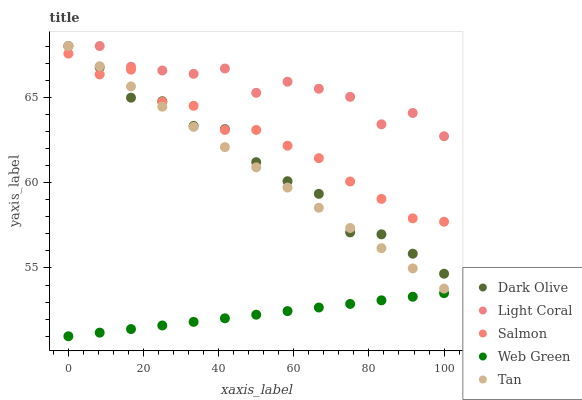
| xaxis_label | Dark Olive | Light Coral | Salmon | Web Green | Tan |
 | --- | --- | --- | --- | --- | --- |
 | 0 | 68 | 68 | 67.6 | 51 | 68 |
 | 8.33 | 66.7 | 68 | 66.3 | 51.2 | 66.8 |
 | 16.7 | 65 | 66.8 | 66.6 | 51.4 | 65.6 |
 | 25 | 64.8 | 66.6 | 64.7 | 51.6 | 64.4 |
 | 33.3 | 63.3 | 66.4 | 64.5 | 51.8 | 63.3 |
 | 41.7 | 63.1 | 66.7 | 63.1 | 52.1 | 62.1 |
 | 50 | 61.2 | 65.3 | 63.1 | 52.3 | 60.9 |
 | 58.3 | 60.1 | 65.9 | 62.2 | 52.5 | 59.7 |
 | 66.7 | 59.3 | 65.5 | 61.4 | 52.7 | 58.5 |
 | 75 | 57.1 | 65 | 60.1 | 52.9 | 57.3 |
 | 83.3 | 57 | 63.4 | 59 | 53.1 | 56.2 |
 | 91.7 | 55.8 | 64.1 | 57.9 | 53.3 | 55 |
 | 100 | 54.7 | 62.7 | 57.7 | 53.5 | 53.8 |